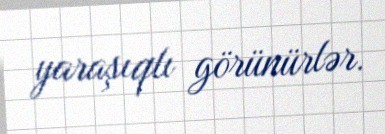
yaraşıqlı görünürlər.